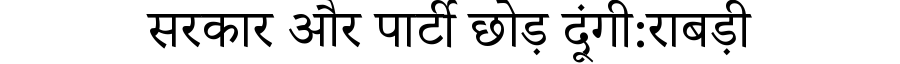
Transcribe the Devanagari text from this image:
सरकार और पार्टी छोड़ दूंगी:राबड़ी